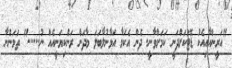
"އަރީންއާއިއެކު ޑޭޓަކަށްދަނީ ކަމަށްވާނީ. ދެން އެކަމާ އަޅާނުލާބަލަ މާދަން ރަންކިޔަނީއެއް ނު......" ތަމަންނާ